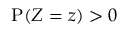
\mathrm { P } ( Z = z ) > 0